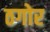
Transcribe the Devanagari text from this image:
ठगोर